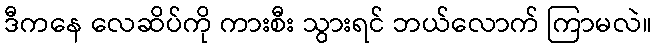
ဒီကနေ လေဆိပ်ကို ကားစီး သွားရင် ဘယ်လောက် ကြာမလဲ။